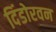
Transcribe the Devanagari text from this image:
दिंडोरवन